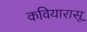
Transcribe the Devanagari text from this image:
कवियारासू